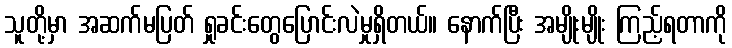
သူတို့မှာ အဆက်မပြတ် ရှုခင်းတွေပြောင်းလဲမှုရှိတယ်။ နောက်ပြီး အမျိုးမျိုး ကြည့်ရတာကို